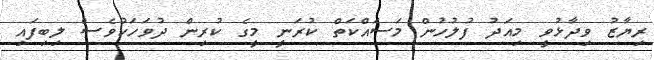
ރިޔާޒު ވިދާޅުވީ މިއަދު ފުލުހުން މަސައްކަތް ކުރަނީ މީގެ ކުރިން ދުވަހަކުވެސް ލިބިފައި